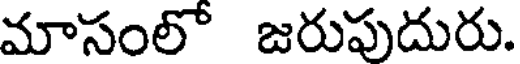
మాసంలో జరుపుదురు.